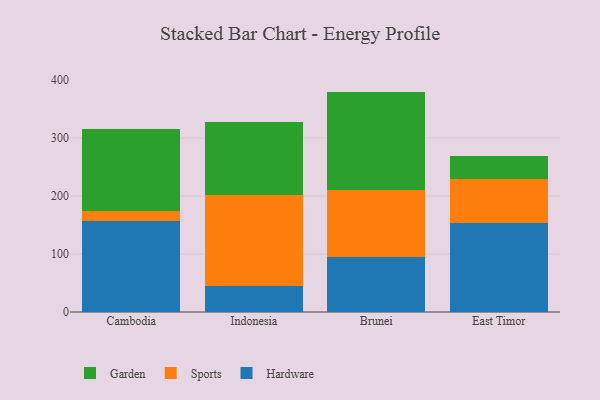
{"axis": {"x": "Country", "y": "Website Visitors"}, "legend": ["Garden", "Hardware", "Sports"], "data": [{"x": "Cambodia", "y": 156.7, "type": "Hardware"}, {"x": "Cambodia", "y": 17.9, "type": "Sports"}, {"x": "Cambodia", "y": 141.7, "type": "Garden"}, {"x": "Indonesia", "y": 44.6, "type": "Hardware"}, {"x": "Indonesia", "y": 157.8, "type": "Sports"}, {"x": "Indonesia", "y": 125.5, "type": "Garden"}, {"x": "Brunei", "y": 95.0, "type": "Hardware"}, {"x": "Brunei", "y": 115.4, "type": "Sports"}, {"x": "Brunei", "y": 169.9, "type": "Garden"}, {"x": "East Timor", "y": 154.2, "type": "Hardware"}, {"x": "East Timor", "y": 75.6, "type": "Sports"}, {"x": "East Timor", "y": 40.2, "type": "Garden"}]}